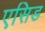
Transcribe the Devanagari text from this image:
एसिड